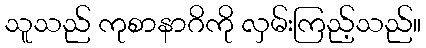
သူသည် ကုစာနာဂိကို လှမ်းကြည့်သည်။